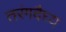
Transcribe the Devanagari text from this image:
तरंगदैघ्य